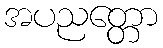
အပညတ္တော